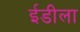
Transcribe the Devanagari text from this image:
ईडीला